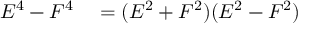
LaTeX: \begin{array} { r l } { E ^ { 4 } - F ^ { 4 } } & { { } = ( E ^ { 2 } + F ^ { 2 } ) ( E ^ { 2 } - F ^ { 2 } ) } \end{array}